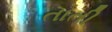
તાતી